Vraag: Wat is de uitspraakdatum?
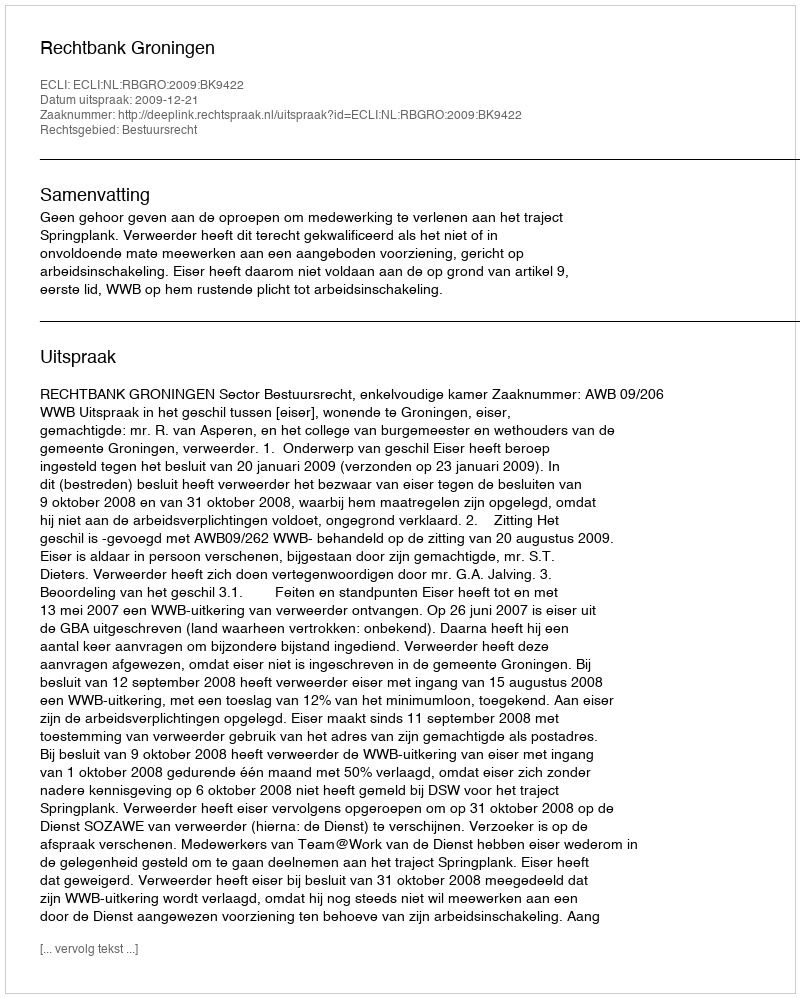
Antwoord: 2009-12-21